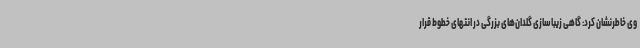
وی خاطرنشان کرد: گاهی زیباسازی گلدان‌های بزرگی در انتهای خطوط قرار